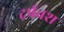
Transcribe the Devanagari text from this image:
दर्पवश